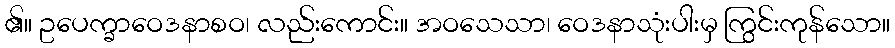
၏။ ဥပေက္ခာဝေဒနာစဝ၊ လည်းကောင်း။ အဝသေသာ၊ ဝေဒနာသုံးပါးမှ ကြွင်းကုန်သော။